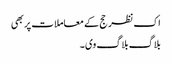
اک نظر حج کے معاملات پر بھی
بلاگ بلاگ وی۔